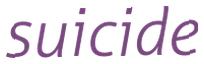
suicide